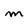
Character: M